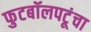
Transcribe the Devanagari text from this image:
फुटबॉलपटूंचा